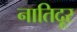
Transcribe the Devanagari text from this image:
नातिदूर